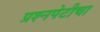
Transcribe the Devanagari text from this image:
प्रश्‍नपेटीचा